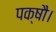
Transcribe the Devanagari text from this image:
पक्षौ।